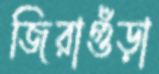
জিরাগুঁড়া